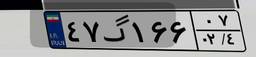
۴۷گ۱۶۶۰۷